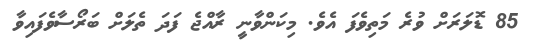
85 ޑޮލަރަށް ވުރެ މަތިވެފަ އެވެ. މިކަންވާނީ ރާއްޖެ ފަދަ ތެލަށް ބަރޯސާވެފައިވާ